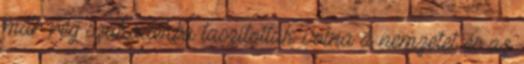
már rég szakadékba taszították volna a nemzetet és az